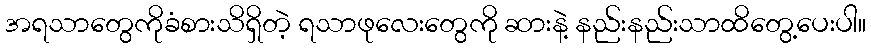
အရသာတွေကိုခံစားသိရှိတဲ့ ရသာဖုလေးတွေကို ဆားနဲ့ နည်းနည်းသာထိတွေ့ပေးပါ။